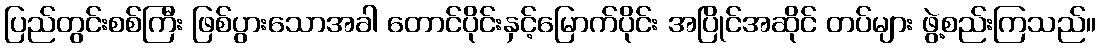
ပြည်တွင်းစစ်ကြီး ဖြစ်ပွားသောအခါ တောင်ပိုင်းနှင့်မြောက်ပိုင်း အပြိုင်အဆိုင် တပ်များ ဖွဲ့စည်းကြသည်။